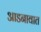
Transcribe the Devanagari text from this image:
आडनावात